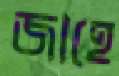
জাহে